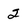
Character: 2